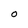
Character: O